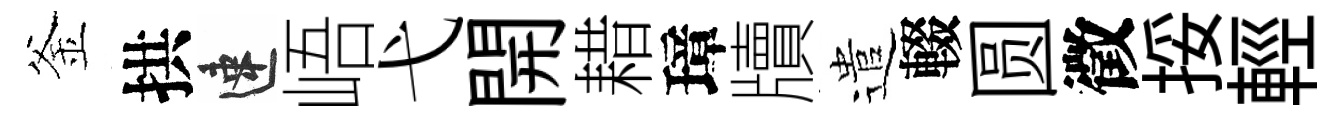
釜拱速峿弋開耤璋牘遣輟圆徵挼輕